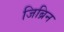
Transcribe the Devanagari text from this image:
जिब्रिन